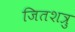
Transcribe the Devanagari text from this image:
जितशत्रु